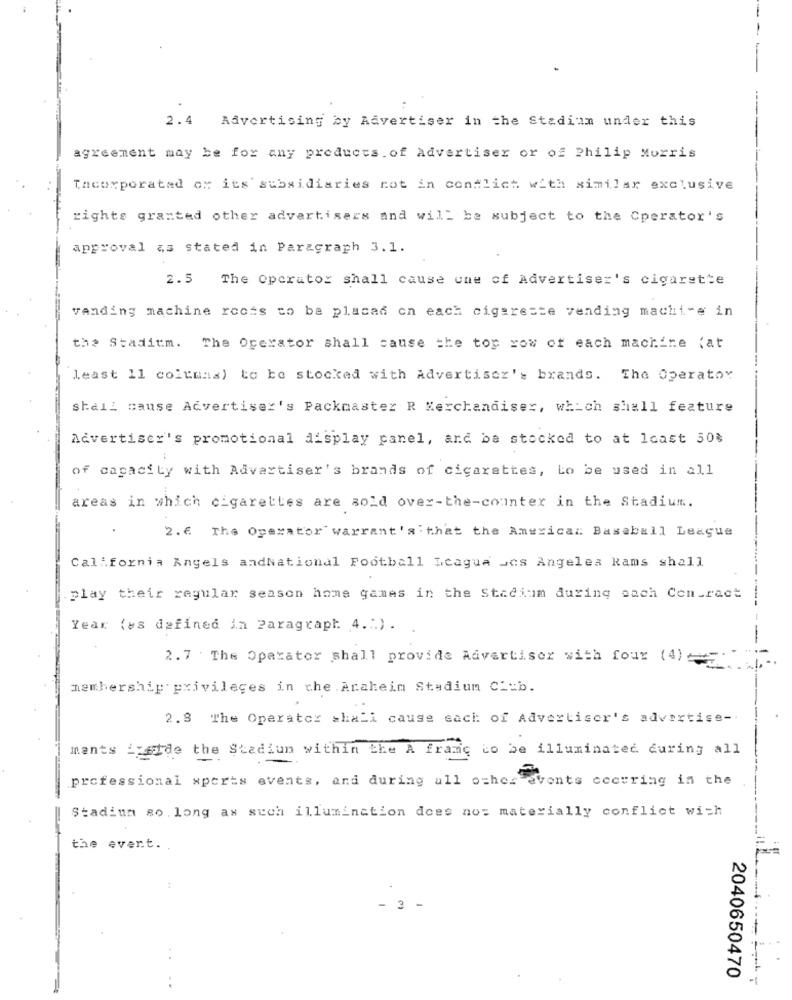
-
2.4 Advertising by Advertiser in the Stadium under this
agreement may be for any products. of Advertiser or of Philip Morris
Tacorporated of its subsidiaries not in conflict with similar exclusive
rights granted other advertisers and will be subject to the Cperator's
approval as stated in Paragraph 3.1.
2.5 The Operator shall cause une of Advertiser's cigarette
vending machine roots to be placed on each cigareste vending machi-e in
the Stadium. The Operator shall cause the top row of each machine fat
least 11 columns) to be stocked with Advertisez': brands. The Operator
shall cause Advertiser's Packmaster R Merchandiser, which shall feature
Advertiser's promotional display panel, and ba stocked to at least 50%
of capacity with Advertiser's brands of cigarettes, Lo be used in all
areas in which cigarettes are sold over-the-counter in the Stadium.
.
2.6. The Operator warrant's that the American Baseball League
California Angels andNational Football League Les Angeles Rams shall
play their regular season home games in the Stadium during each Con_ract
Year (es defined in Paragraph 4 .:. ) .
2.7 The Operator shall provide Advertiser with four (4)
membership privileges in the Arahein Stadium Ci:b.
2.8 The Operator shall cause each of Advertiser's advertise -.
ments Szetde the Stadium within the A frame to be illuminated during all
professional sports events, and during all other events ccctring in the
Stadium so long as such illumination does not materially conflict with
the
event.
- 3 -
..
2040650470